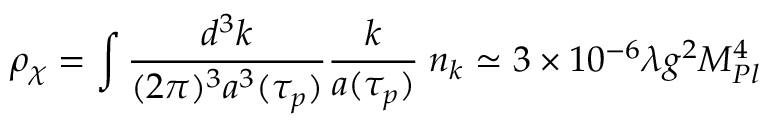
\rho _ { \chi } = \int \frac { d ^ { 3 } k } { ( 2 \pi ) ^ { 3 } a ^ { 3 } ( \tau _ { p } ) } \frac { k } { a ( \tau _ { p } ) } \; n _ { k } \simeq 3 \times 1 0 ^ { - 6 } \lambda g ^ { 2 } M _ { P l } ^ { 4 }